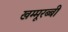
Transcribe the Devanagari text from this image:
खम्मूरब्बी